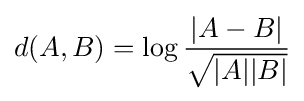
d(A,B)=\log {\frac {|A-B|}{\sqrt {|A||B|}}}